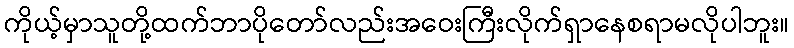
ကိုယ့်မှာသူတို့ထက်ဘာပိုတော်လည်းအဝေးကြီးလိုက်ရှာနေစရာမလိုပါဘူး။